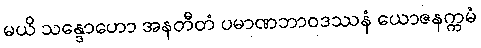
မယိ သန္ဒောဟော အနတီတံ ပမာဏဘာဝဒဿနံ ယောဇနက္ကမံ